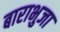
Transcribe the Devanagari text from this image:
बाराभुजा